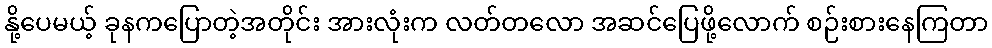
နို့ပေမယ့် ခုနကပြောတဲ့အတိုင်း အားလုံးက လတ်တလော အဆင်ပြေဖို့လောက် စဉ်းစားနေကြတာ